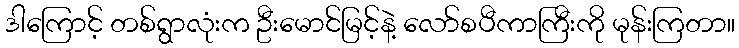
ဒါကြောင့် တစ်ရွာလုံးက ဦးမောင်မြင့်နဲ့ လော်စပီကာကြီးကို မုန်းကြတာ။